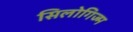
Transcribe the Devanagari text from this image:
सिलोगिज्म